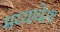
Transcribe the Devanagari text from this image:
मय्यावेश्य